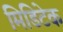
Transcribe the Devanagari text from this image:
मिडिटेक